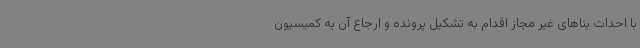
با احداث بناهای غیر مجاز اقدام به تشکیل پرونده و ارجاع آن به کمیسیون